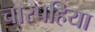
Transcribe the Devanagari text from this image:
चारपहिया